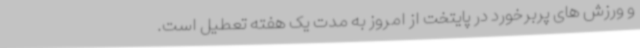
و ورزش های پربرخورد در پایتخت از امروز به مدت یک هفته تعطیل است.